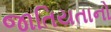
જાતિયતાનો